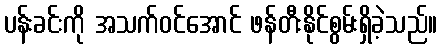
ပန်းခင်းကို အသက်ဝင်အောင် ဖန်တီးနိုင်စွမ်းရှိခဲ့သည်။